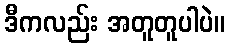
ဒီကလည်း အတူတူပါပဲ။